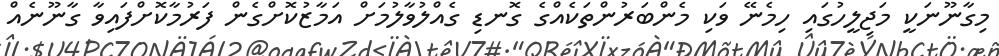
މިގާނޫނަކީ މަޖިލީހުގައި ހިމެނޭ ވަކި މެންބަރުންތަކެއްގެ ގޮނޑި ގެއްލުވާލުމަށް އަމާޒުކޮށްގެން ފަރުމާކޮށްފައިވާ ގާނޫނެއް